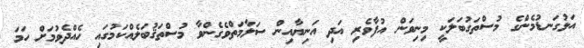
އަޅުގަނޑުމެންގެ މުސްތަގުބަލަކީ މިނިވަން އުފާވެރި އަދި އަނިޔާއިން ސަލާމަތްވެގެންވާ މުސްތަޤުބަލެއްކަމުގައި ހެއްދެވުމަށް ހަމަ